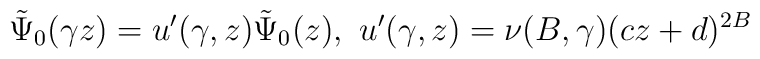
\tilde \Psi_0 (\gamma z) =u^{\prime}(\gamma,z) \tilde \Psi_0 (z),\, \, u^{\prime} (\gamma,z)=\nu (B, \gamma)(cz+d)^{2B}